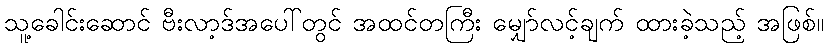
သူ့ခေါင်းဆောင် ဗီးလာ့ဒ်အပေါ်တွင် အထင်တကြီး မျှော်လင့်ချက် ထားခဲ့သည့် အဖြစ်။